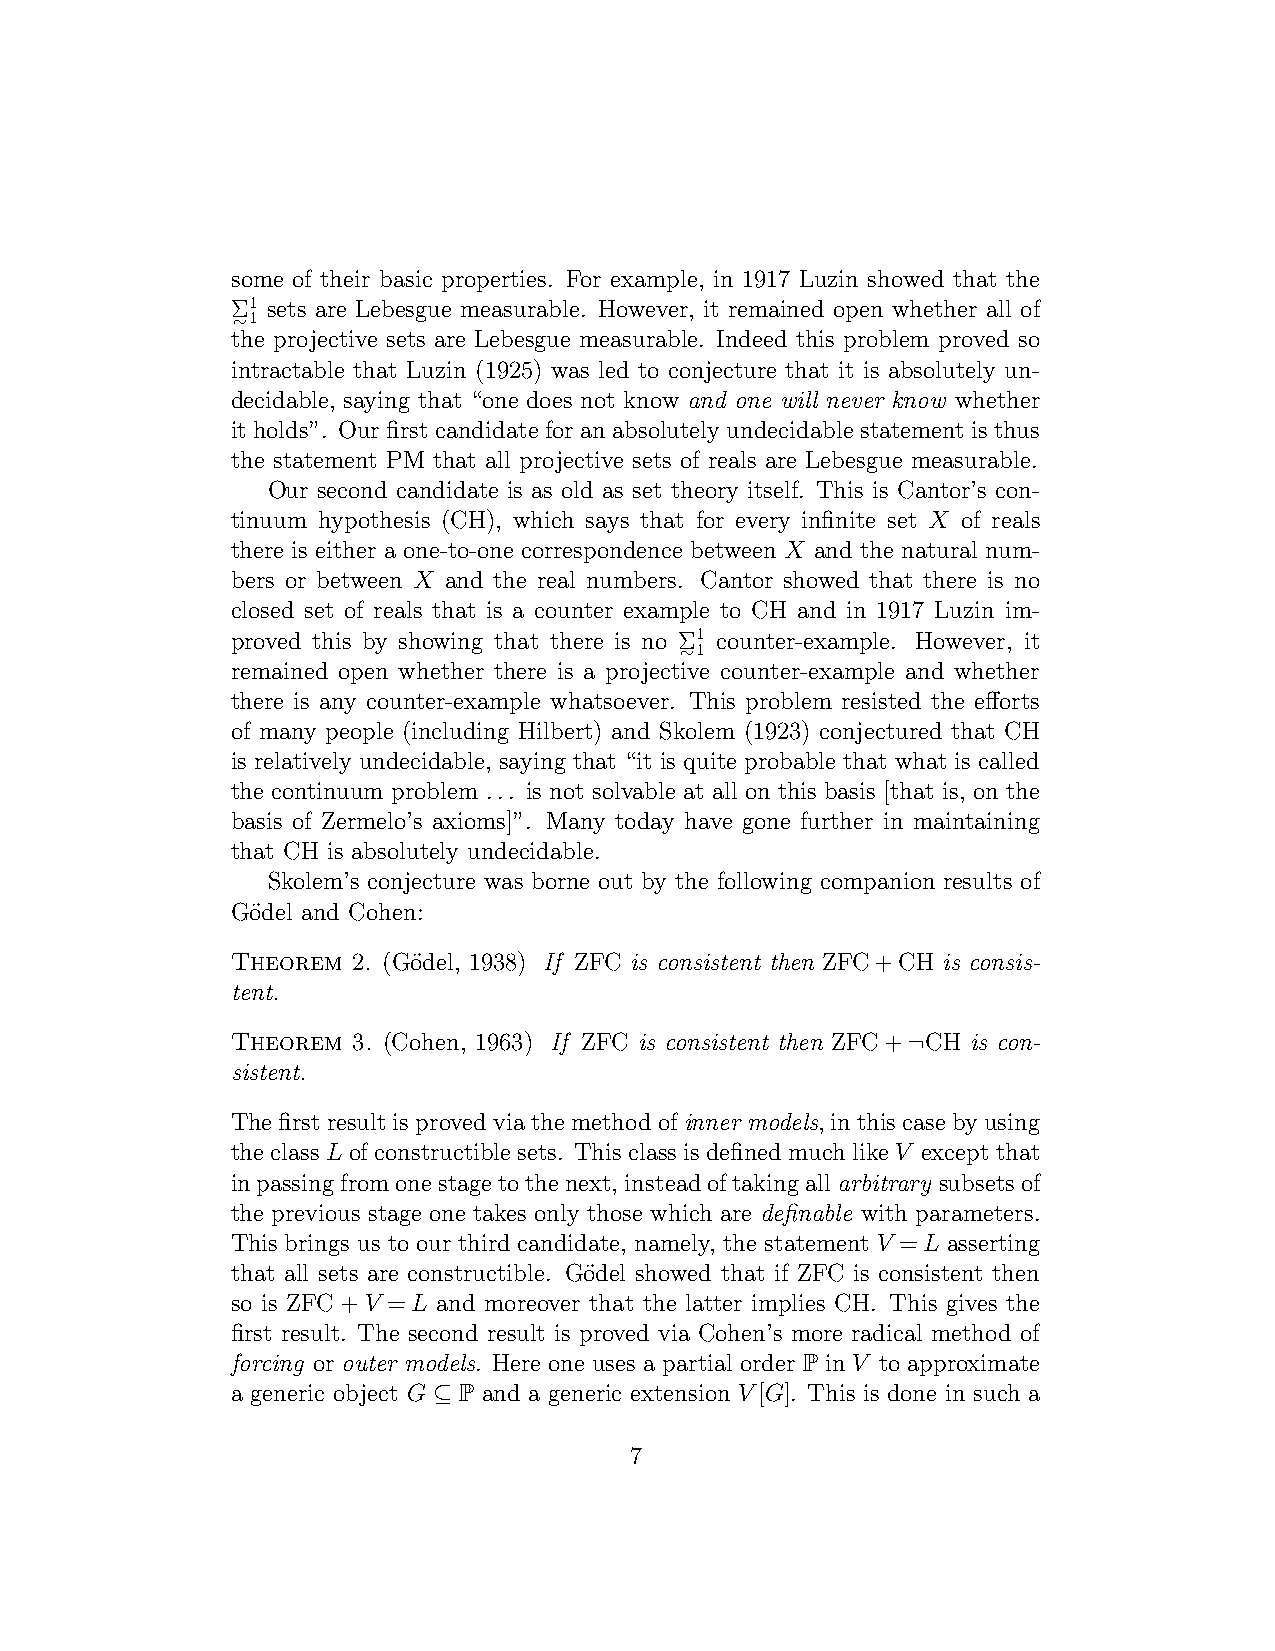
some of their basic properties. For example, in 1917 Luzin showed that the
 Σ1 sets are Lebesgue measurable. However, it remained open whether all of
 ∼1
 the projective sets are Lebesgue measurable. Indeed this problem proved so
 intractable that Luzin (1925) was led to conjecture that it is absolutely un-
 decidable, saying that “one does not know and one will never know whether
 it holds”. Our first candidate for an absolutely undecidable statement is thus
 the statement PM that all projective sets of reals are Lebesgue measurable.
 Our second candidate is as old as set theory itself. This is Cantor’s con-
 tinuum hypothesis (CH), which says that for every infinite set X of reals
 there is either a one-to-one correspondence between X and the natural num-
 bers or between X and the real numbers. Cantor showed that there is no
 closed set of reals that is a counter example to CH and in 1917 Luzin im-
 proved this by showing that there is no Σ1 counter-example. However, it
 ∼1
 remained open whether there is a projective counter-example and whether
 there is any counter-example whatsoever. This problem resisted the efforts
 of many people (including Hilbert) and Skolem (1923) conjectured that CH
 is relatively undecidable, saying that “it is quite probable that what is called
 the continuum problem ... is not solvable at all on this basis [that is, on the
 basis of Zermelo’s axioms]”. Many today have gone further in maintaining
 that CH is absolutely undecidable.
 Skolem’s conjecture was borne out by the following companion results of
 Go¨del and Cohen:
 Theorem 2. (Go¨del, 1938) If ZFC is consistent then ZFC+CH is consis-
 tent.
 Theorem 3. (Cohen, 1963) If ZFC is consistent then ZFC+¬CH is con-
 sistent.
 Thefirstresultisprovedviathemethodofinner models, inthiscasebyusing
 the class L of constructible sets. This class is defined much like V except that
 inpassingfromonestagetothenext, insteadoftakingallarbitrary subsetsof
 the previous stage one takes only those which are definable with parameters.
 This brings us to our third candidate, namely, the statement V =L asserting
 that all sets are constructible. Go¨del showed that if ZFC is consistent then
 so is ZFC+V =L and moreover that the latter implies CH. This gives the
 first result. The second result is proved via Cohen’s more radical method of
 forcing or outer models. Here one uses a partial order P in V to approximate
 a generic object G ⊆ P and a generic extension V[G]. This is done in such a
 7